Indian journal of veterinary science and animal husbandry - Volumes 15-17, 1948-1951
Year: 1948
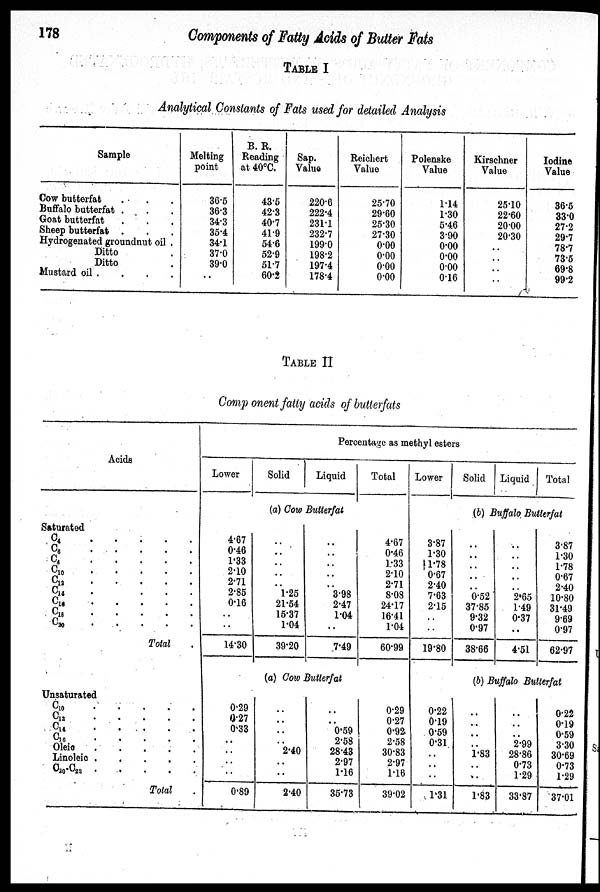
178
Components of Fatty Acids of Butter Fats
TABLE I
Analytical Constants of Fats used for detailed Analysis
Sample
Cow butterfat . . .
Buffalo butterfat . . .
Goat butterfat . . .
Sheep butterfat . . .
Hydrogenated groundnut oil .
Ditto .
Ditto .
Mustard oil . . . .
Melting
point
36.5
36.3
34.3
35.4
34.1
37.0
39.0
..
B. R.
Reading
at 40ºC.
43.5
42.3
40.7
41.9
54.6
52.9
51.7
60.2
Sap.
Value
220.6
222.4
231.1
232.7
199.0
198.2
197.4
178.4
Reichert
Value
25.70
29.60
25.30
27.30
0.00
0.00
0.00
0.00
Polenske
Value
1.14
1.30
5.46
3.90
0.00
0.00
0.00
0.16
Kirschner
Value
25.10
22.60
20.00
20.30
..
..
..
..
Iodine
Value
36.5
33.0
27.2
29.7
78.7
73.5
69.8
99.2
TABLE II
Comp onent fatty acids of butterfats
Acids
Saturated
C 4
.
.
.
.
.
C 6
.
.
.
.
.
C 6 . . . . .
C 10
.
.
.
.
.
C 13
.
.
.
.
.
C 14
.
.
.
.
.
C 16
.
.
.
.
.
C 18
.
.
.
.
.
C 20
.
.
.
.
.
Total .
Unsaturated
C 10
.
.
.
.
.
C 12
.
.
.
.
.
C 14
.
.
.
.
.
C16
.
.
.
.
.
Oleio
.
.
.
.
.
Linoleic
.
.
.
.
.
C 20 -C 22 . . . . .
Total .
Percentage as methyl esters
Lower
Solid
Liquid
Total
(a) Cow Butterfat
4.67
0.46
1.33
2.10
2.71
2.85
0.16
..
..
14.30
0.29
0.27
0.33
..
..
..
..
0.89
..
..
..
..
..
1.25
21.54
15.37
1.04
39.20
..
..
..
..
..
3.98
2.47
1.04
..
7.49
(a) Cow Butterfat
..
..
..
..
2.40
..
..
2.40
..
..
0.59
2.58
28.43
2.97
1.16
35.73
4'67
0.46
L.33
2.10
2.71
8.08
24.17
16.41
1.04
60.99
0.29
0.27
0.92
2.58
30.83
2.97
1.16
39.02
Lower
Solid Liquid
Total
(b) Buffalo, Butterfat
3.87
1.30
1.78
0.67
2.40
7.63
2.15
..
..
19.80
0.22
0.19
0.59
0.31
..
..
..
1.31
..
..
..
..
..
0.52
37.85
9.32
0.97
38.66
..
..
..
..
..
2.65
1.49
0.37
..
4.51
3.87
1.30
1.78
0.67
2.40
10.80
31.49
9.69
0.97
62.97
(b) Buffalo Butterfat
..
..
..
..
1.83
..
..
1.83
..
..
..
2.99
28.86
0.73
1.29
33.87
0.22
0.19
0.59
3.30
30.69
0.73
1.29
37.01